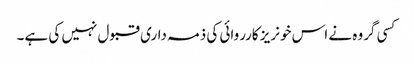
کسی گروہ نے اس خونریز کارروائی کی ذمہ داری قبول نہیں کی ہے۔